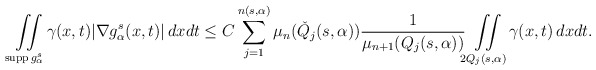
\begin{align*}\iint\limits_{\operatorname{supp}g^{s}_{\alpha}}\gamma(x,t)|\nabla g^{s}_{\alpha}(x,t)|\,dxdt \le C\sum\limits_{j=1}^{n(s,\alpha)}\mu_{n}(\check{Q}_{j}(s,\alpha))\frac{1}{\mu_{n+1}(Q_{j}(s,\alpha))}\iint\limits_{2Q_{j}(s,\alpha)}\gamma(x,t)\,dxdt.\end{align*}